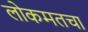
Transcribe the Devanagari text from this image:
लोकमतचा